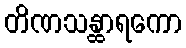
တိဏသန္ထာရကော